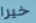
خيرا